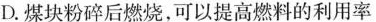
D.煤块粉碎后燃烧，可以提高燃料的利用率